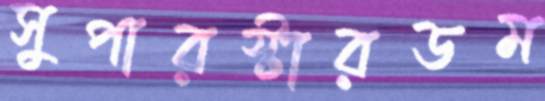
সুপারস্টারডম